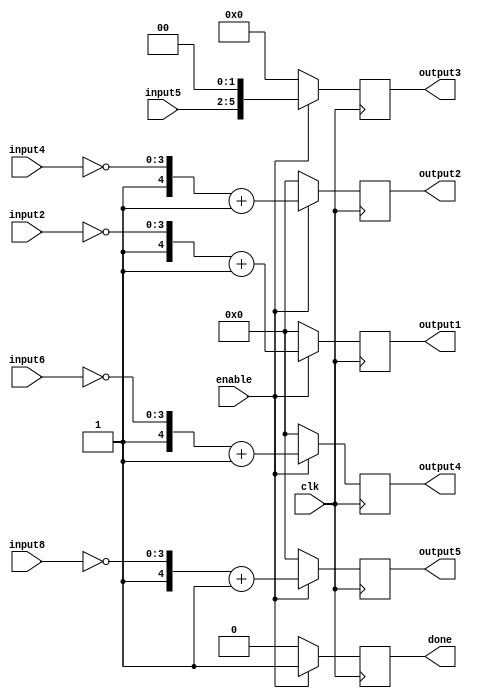
/*
	Author: Aniket Badhan
	Description: Multiplication stage of the convolution of image/pattern with Laplacian filter
*/

`timescale 1ns / 1ps

module ConvolutionStage1(
	input clk,
	input [3:0] input2,
	input [3:0] input4,
	input [3:0] input5,
	input [3:0] input6,
	input [3:0] input8,
	output reg signed [4:0] output1,
	output reg signed [4:0] output2,
	output reg signed [5:0] output3,
	output reg signed [4:0] output4,
	output reg signed [4:0] output5,
	input enable,
	output reg done	
    );
	
	always @ (posedge clk) begin
		if(enable) begin
			output1 <= {1'b1, ~(input2)} + 5'b00001;			//To multiply by -1, add 1 to 1's complement of the original number
			output2 <= {1'b1, ~(input4)} + 5'b00001;
			output3 <= {2'b00, input5} << 2;
			output4 <= {1'b1, ~(input6)} + 5'b00001;
			output5 <= {1'b1, ~(input8)} + 5'b00001;
			done <= 1'b1;
		end
		else begin
			output1 <= 0;
			output2 <= 0;
			output3 <= 0;
			output4 <= 0;
			output5 <= 0;
			done <= 1'b0;
		end
	end
	
endmodule